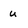
Character: u